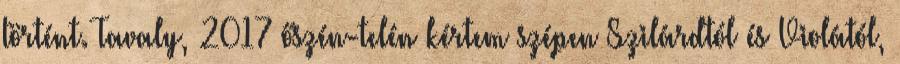
történt. Tavaly, 2017 őszén-telén kértem szépen Szilárdtól és Violától,